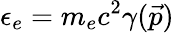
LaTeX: \epsilon_{e}=m_{e}c^{2}\gamma(\vec{p})